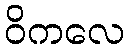
ဝိကလေ